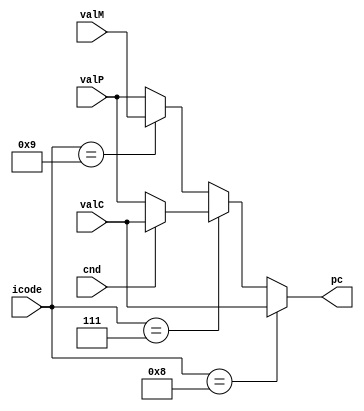
module pc_update(pc,icode,cnd,valC,valM,valP);
   input [3:0] icode;
   input cnd;
   input signed [63:0] valC;
   input signed [63:0] valM;
   input signed [63:0] valP;
   output reg signed [63:0] pc;

  
   always @(*) 
   begin
    pc = icode==4'h8 ? valC: icode==4'h7 ? (cnd ? valC : valP): icode==4'h9 ? valM : valP;
   end


endmodule